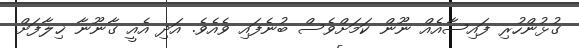
ގުޅުންހުރި ފައިސާއެއް ނޫން ކަމަށްވެސް ބުނެފައި ވެއެވެ. އަދި އެއީ ގާނޫނާ ޚިލާފަށް